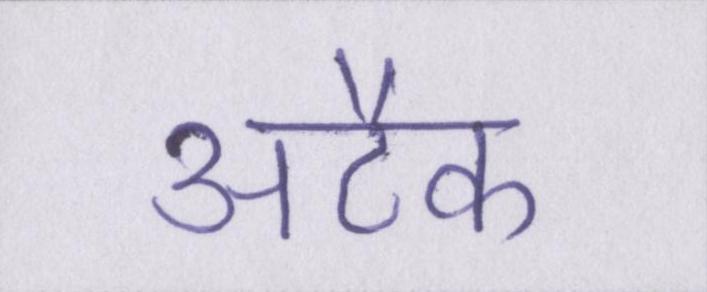
अटैक